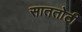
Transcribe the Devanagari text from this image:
साततोटी